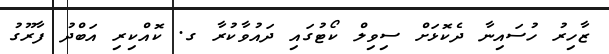
ޒާހިރު ހުސައިނާ ދެކޮޅަށް ސިވިލް ކޯޓުގައި ދައުވާކުރާ ގ. ކޮއްކިރި އަބްދު ފާރޫގު